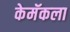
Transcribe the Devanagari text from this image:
केमॅकला